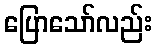
ပြောသော်လည်း